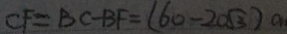
C F = B C - B F = ( 6 0 - 2 0 \sqrt { 3 } ) a